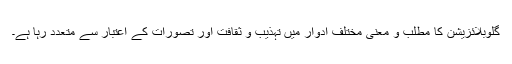
گلوبلائزیشن کا مطلب و معنی مختلف ادوار میں تہذیب و ثقافت اور تصورات کے اعتبار سے متعدد رہا ہے۔